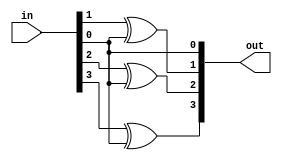
module tcnot(
    input [3:0] in,
    output [3:0] out
    );
assign out[0] = in[0];
assign out[1] = in[1] ^ in[0];
assign out[2] = in[2] ^ in[0];
assign out[3] = in[3] ^ in[0];

endmodule